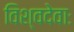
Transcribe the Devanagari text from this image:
विश्वदेवाः